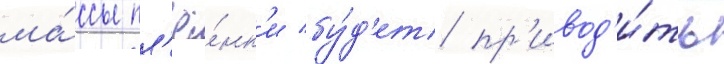
ма́ссы пл'ё́нк'и бу́д'ет пр'ивод'и́ть